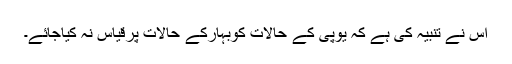
اس نے تنبیہ کی ہے کہ یوپی کے حالات کوبہارکے حالات پرقیاس نہ کیاجائے۔